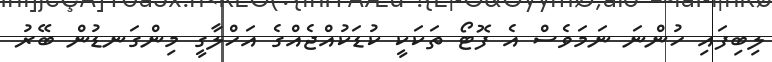
ލިބިފައި ހުންނަ ނަމަވެސް އެ ފޮޓޯ ތަކަކީ ކުޑަކުއްޖެއްގެ އަހްލާގީ މިންގަނޑުން ބޭރު